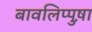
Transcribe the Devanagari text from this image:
बावलिप्पुष़ा